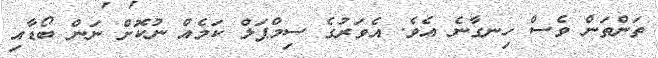
ތަންތަން ވެސް ހިނގާނެ އެވެ. އެވަރުގެ ސިމްޕަލް ކަމެއް ނުކޮށް ނަން ބޯޑާއި